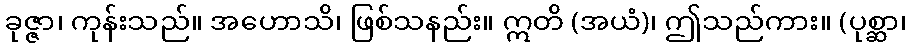
ခုဇ္ဇာ၊ ကုန်းသည်။ အဟောသိ၊ ဖြစ်သနည်း။ ဣတိ (အယံ)၊ ဤသည်ကား။ (ပုစ္ဆာ၊